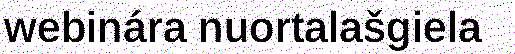
webinára nuortalašgiela